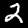
Label: 2